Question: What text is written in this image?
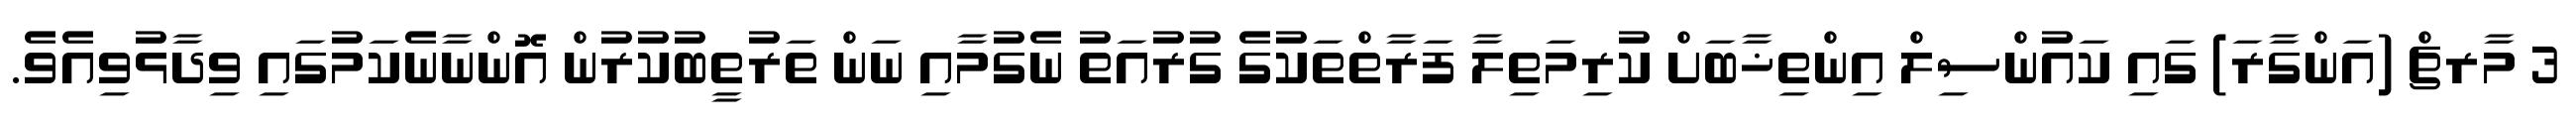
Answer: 3 މާރޗް (އަންގާރަ) ގައި ކައުންސިލް އިންތިޚާބަށް ކުރިމަތިލާ ފަރާތްތަކުގެ ގުރުއަތު ނެގުމާއި ނަން ތަރުތީބުކުރުން އޮންނާނެކަމުގައި ވިދާޅުވިއެވެ.